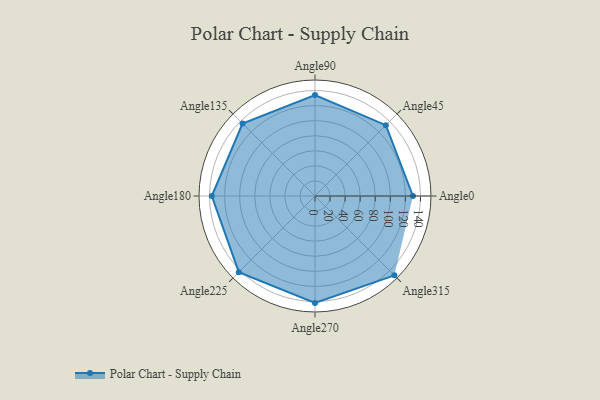
{"axis": {"x": "Angle", "y": "Radius"}, "legend": [""], "data": [{"x": "Angle0", "y": 130.0, "type": ""}, {"x": "Angle45", "y": 133.0, "type": ""}, {"x": "Angle90", "y": 134.0, "type": ""}, {"x": "Angle135", "y": 136.0, "type": ""}, {"x": "Angle180", "y": 137.0, "type": ""}, {"x": "Angle225", "y": 143.0, "type": ""}, {"x": "Angle270", "y": 142.0, "type": ""}, {"x": "Angle315", "y": 149.0, "type": ""}]}